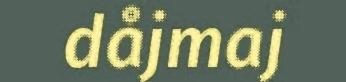
dåjmaj